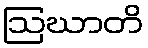
ဩဃာတိ